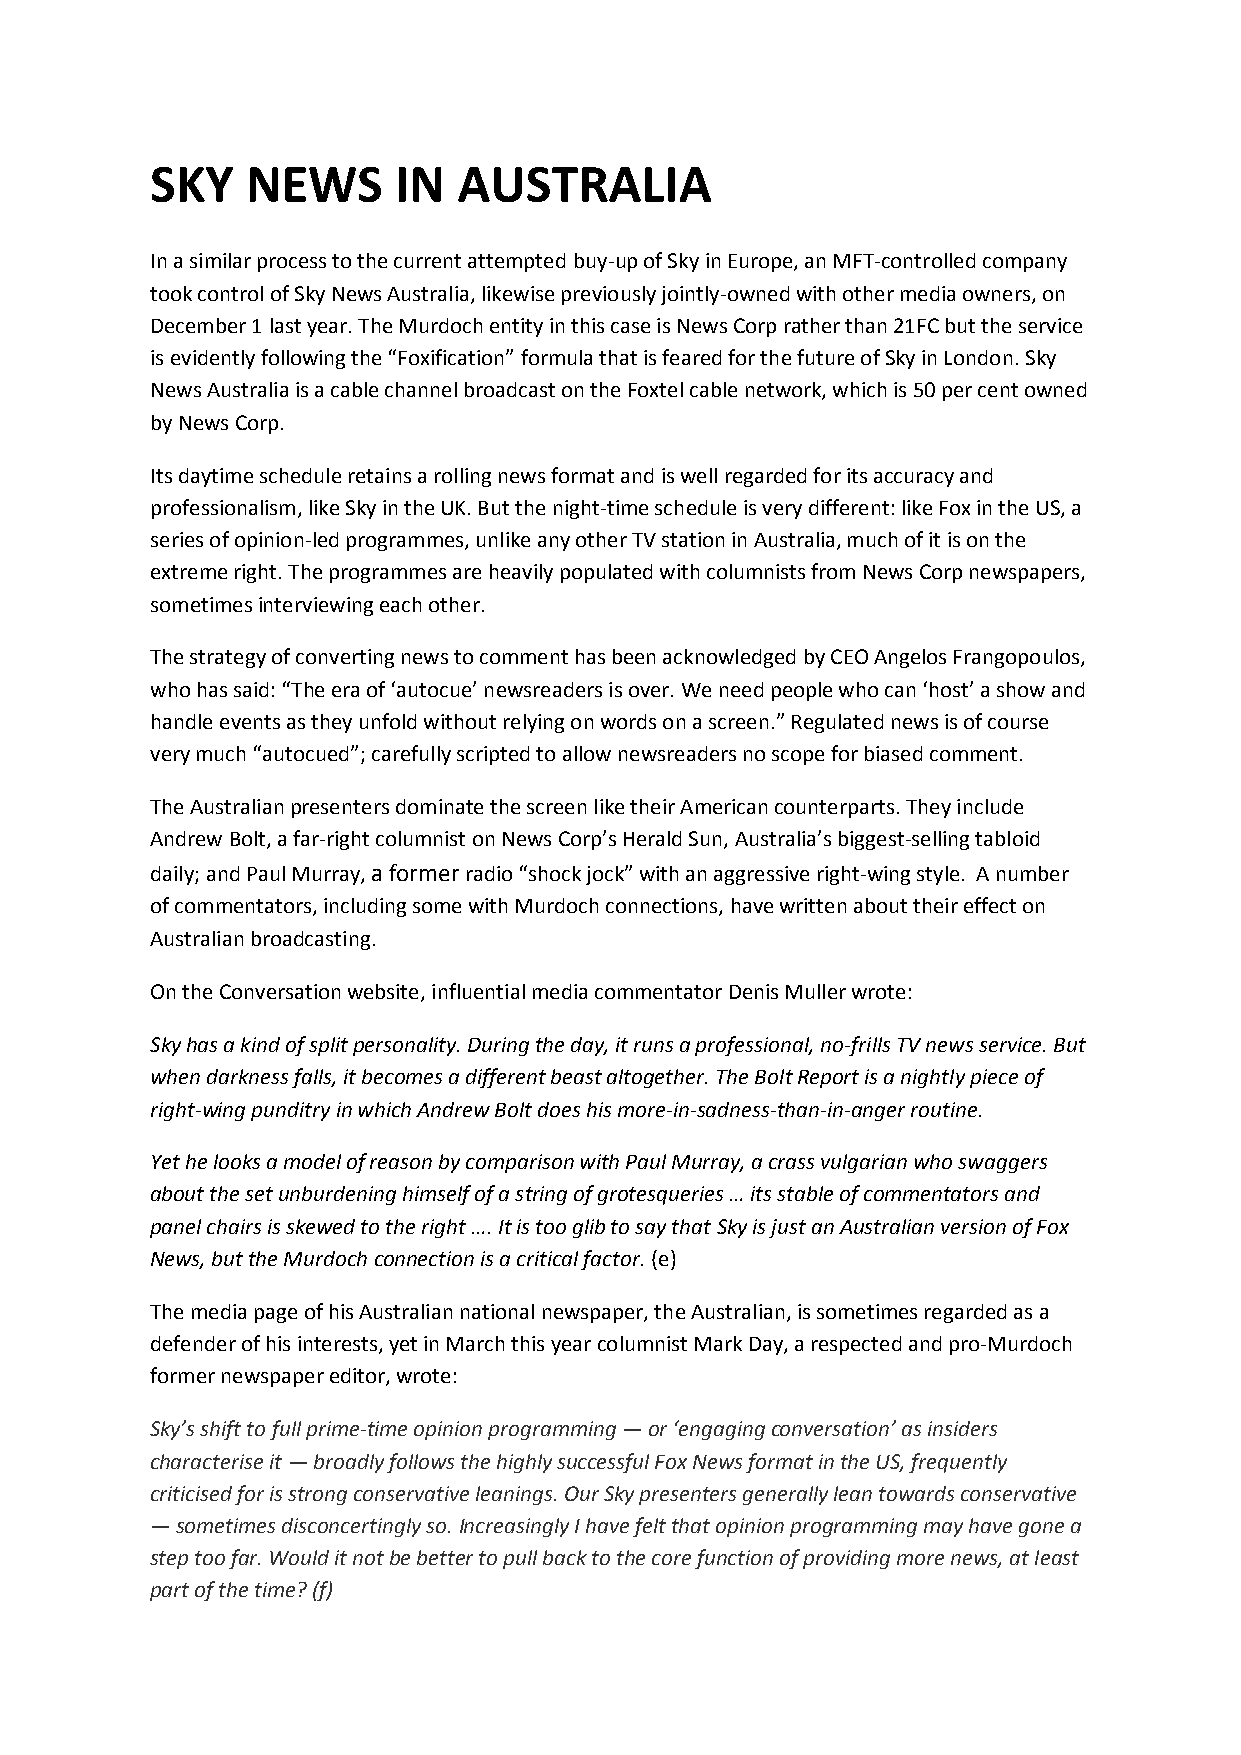
SKY   NEWS      IN  AUSTRALIA
 In a similar process to the current attempted buy-up of Sky in Europe, an MFT-controlled company
 took control of Sky News Australia, likewise previously jointly-owned with other media owners, on
 December 1 last year. The Murdoch entity in this case is News Corp rather than 21FC but the service
 is evidently following the “Foxification” formula that is feared for the future of Sky in London. Sky
 News Australia is a cable channel broadcast on the Foxtel cable network, which is 50 per cent owned
 by News Corp.
 Its daytime schedule retains a rolling news format and is well regarded for its accuracy and
 professionalism, like Sky in the UK. But the night-time schedule is very different: like Fox in the US, a
 series of opinion-led programmes, unlike any other TV station in Australia, much of it is on the
 extreme right. The programmes are heavily populated with columnists from News Corp newspapers,
 sometimes interviewing each other.
 The strategy of converting news to comment has been acknowledged by CEO Angelos Frangopoulos,
 who has said: “The era of ‘autocue’ newsreaders is over. We need people who can ‘host’ a show and
 handle events as they unfold without relying on words on a screen.” Regulated news is of course
 very much “autocued”; carefully scripted to allow newsreaders no scope for biased comment.
 The Australian presenters dominate the screen like their American counterparts. They include
 Andrew Bolt, a far-right columnist on News Corp’s Herald Sun, Australia’s biggest-selling tabloid
 daily; and Paul Murray, a former radio “shock jock” with an aggressive right-wing style. A number
 of commentators, including some with Murdoch connections, have written about their effect on
 Australian broadcasting.
 On the Conversation website, influential media commentator Denis Muller wrote:
 Sky has a kind of split personality. During the day, it runs a professional, no-frills TV news service. But
 when darkness falls, it becomes a different beast altogether. The Bolt Report is a nightly piece of
 right-wing punditry in which Andrew Bolt does his more-in-sadness-than-in-anger routine.
 Yet he looks a model of reason by comparison with Paul Murray, a crass vulgarian who swaggers
 about the set unburdening himself of a string of grotesqueries … its stable of commentators and
 panel chairs is skewed to the right …. It is too glib to say that Sky is just an Australian version of Fox
 News, but the Murdoch connection is a critical factor. (e)
 The media page of his Australian national newspaper, the Australian, is sometimes regarded as a
 defender of his interests, yet in March this year columnist Mark Day, a respected and pro-Murdoch
 former newspaper editor, wrote:
 Sky’s shift to full prime-time opinion programming — or ‘engaging conversation’ as insiders
 characterise it — broadly follows the highly successful Fox News format in the US, frequently
 criticised for is strong conservative leanings. Our Sky presenters generally lean towards conservative
 — sometimes disconcertingly so. Increasingly I have felt that opinion programming may have gone a
 step too far. Would it not be better to pull back to the core function of providing more news, at least
 part of the time? (f)